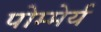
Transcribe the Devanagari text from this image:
पोम्मेर्य